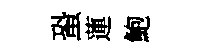
蛩蓮鮑